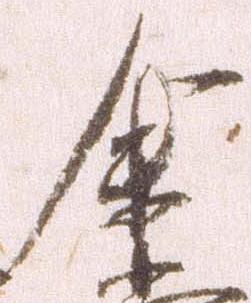
余